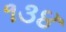
૧૩૪